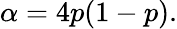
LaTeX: \alpha=4p(1-p).